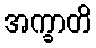
အက္ခာတိ